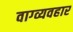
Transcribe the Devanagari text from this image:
वाग्व्यवहार